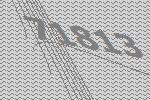
71813